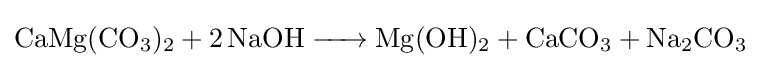
{\ce {CaMg(CO3)2 + 2 NaOH -> Mg(OH)2 + CaCO3 + Na2CO3}}